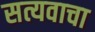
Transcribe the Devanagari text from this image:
सत्यवाचा